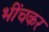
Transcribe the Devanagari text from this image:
भींचकर